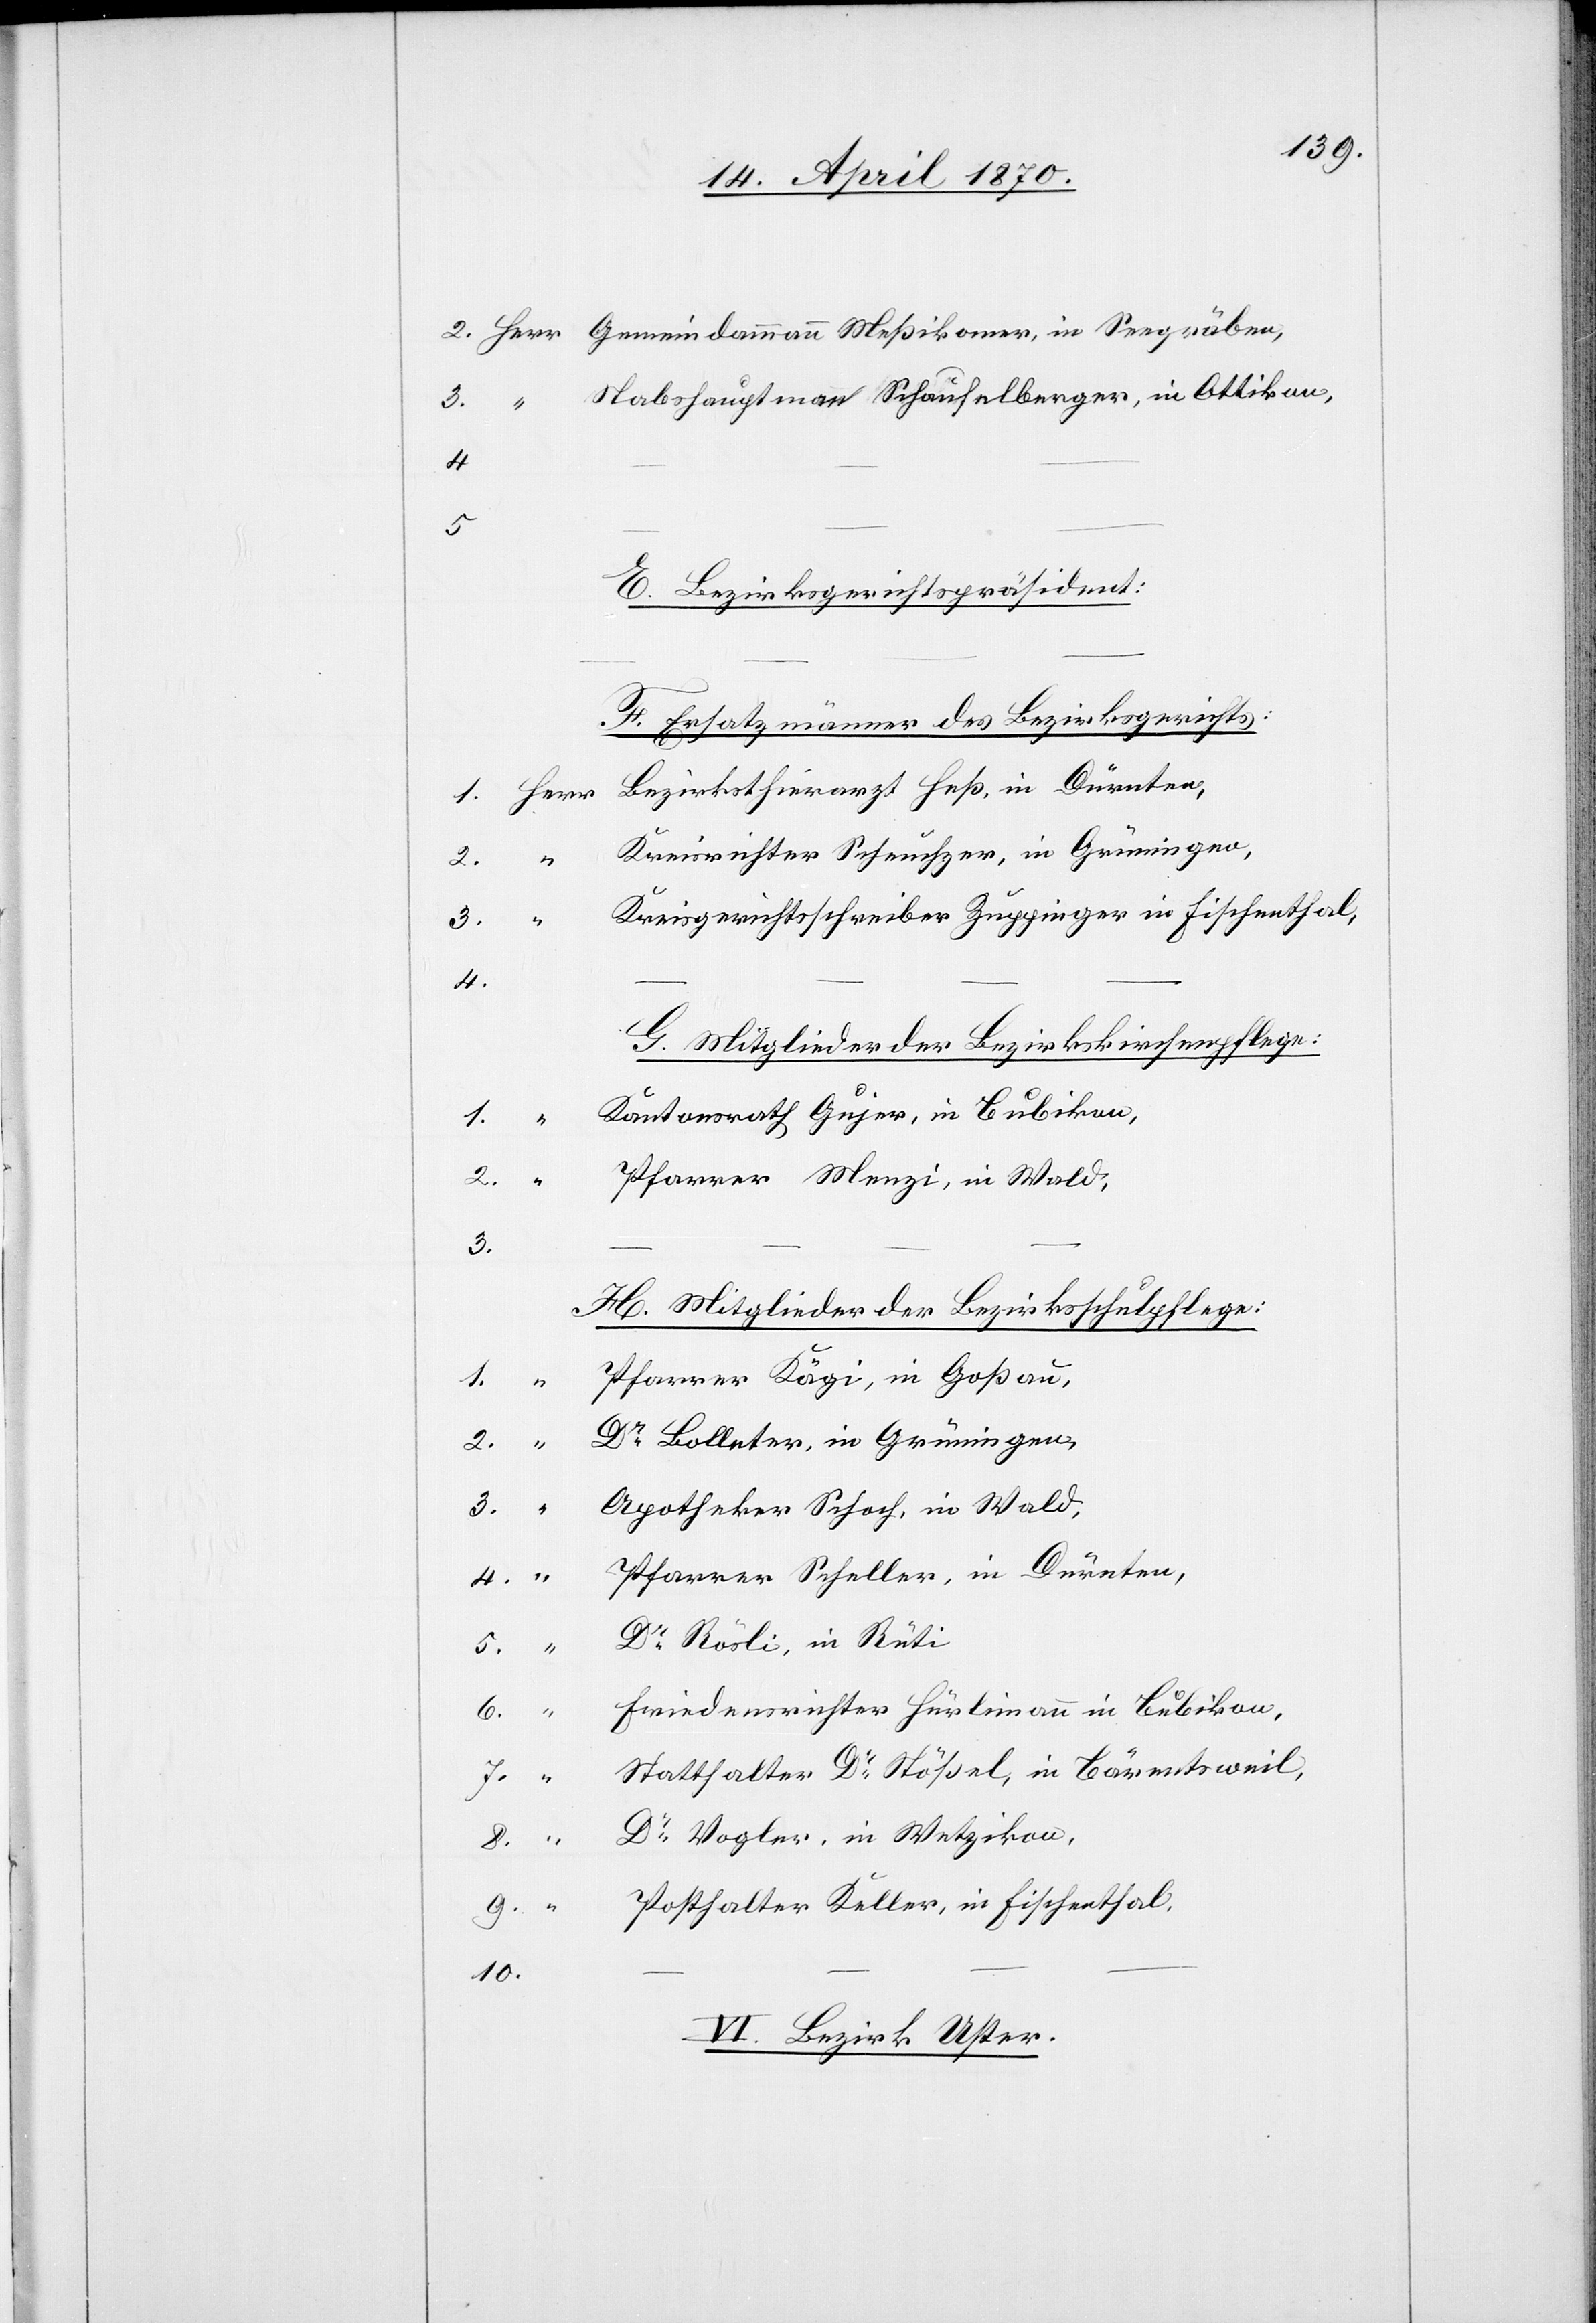
Stabshauptmann Schaufelberger, in Ottikon,
5.
E. Bezirksgerichtspräsident:
F. Ersatzmänner des Bezirksgerichts:
Kreisrichter Scheuchzer, in Grüningen,
Kreisgerichtsschreiber Zuppinger in Fischenthal,
4.
G. Mitglieder der Bezirkskirchenpflege:
8.
Kantonsrath Gujer, in Bubikon,
2.
Pfarrer Menzi, in Wald,
3.
H. Mitglieder der Bezirksschulpflege:
7.
Pfarrer Kägi, in Goßau,
Dr Bolleter, in Grüningen,
Apotheker Schoch, in Wald,
Pfarrer Scheller, in Dürnten,
– –
Dr Rösli, in Rüti
Friedensrichter Hürlimann in Bubikon,
Statthalter Dr Stößel, in Bärentsweil,
Herr
Dr Vogler, in Wetzikon,
Posthalter Keller, in Fischenthal,
9.
10.
VI. Bezirk Uster.